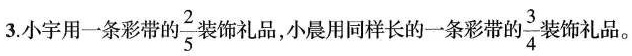
3.小宇用一条彩带的 \frac{2}{5}装饰礼品，小晨用同样长的一条彩带的\frac{3}{4}装 饰礼品。